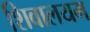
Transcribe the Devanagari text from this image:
शिवालयम